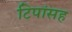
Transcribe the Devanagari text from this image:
टिपांसह